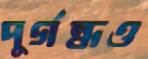
দুর্গন্ধও